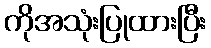
ကိုအသုံးပြုထားပြီး